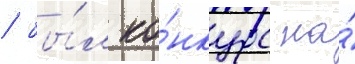
/ бы́л ко́нкурс на́